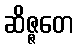
ဆိဇ္ဇတေ